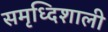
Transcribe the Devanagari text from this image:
समृध्दिशाली